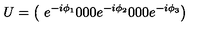
U = \left( \begin{matrix} { } & { e ^ { - i \phi _ { 1 } } } & { 0 } & { 0 } \\ { } & { 0 } & { e ^ { - i \phi _ { 2 } } } & { 0 } \\ { } & { 0 } & { 0 } & { e ^ { - i \phi _ { 3 } } } & { } \\ \end{matrix} \right)